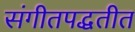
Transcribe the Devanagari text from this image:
संगीतपद्धतीत